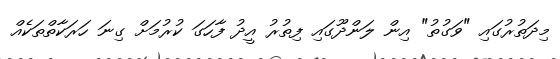
މިދަތުރުގައި "ވަގުތު" އިން ލަންދޫގައި ފިތުރު އީދު ފާހަގަ ކުރުމަށް ގިނަ ހަރަކާތްތަކެއް